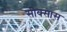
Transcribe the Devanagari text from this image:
सीक्सास